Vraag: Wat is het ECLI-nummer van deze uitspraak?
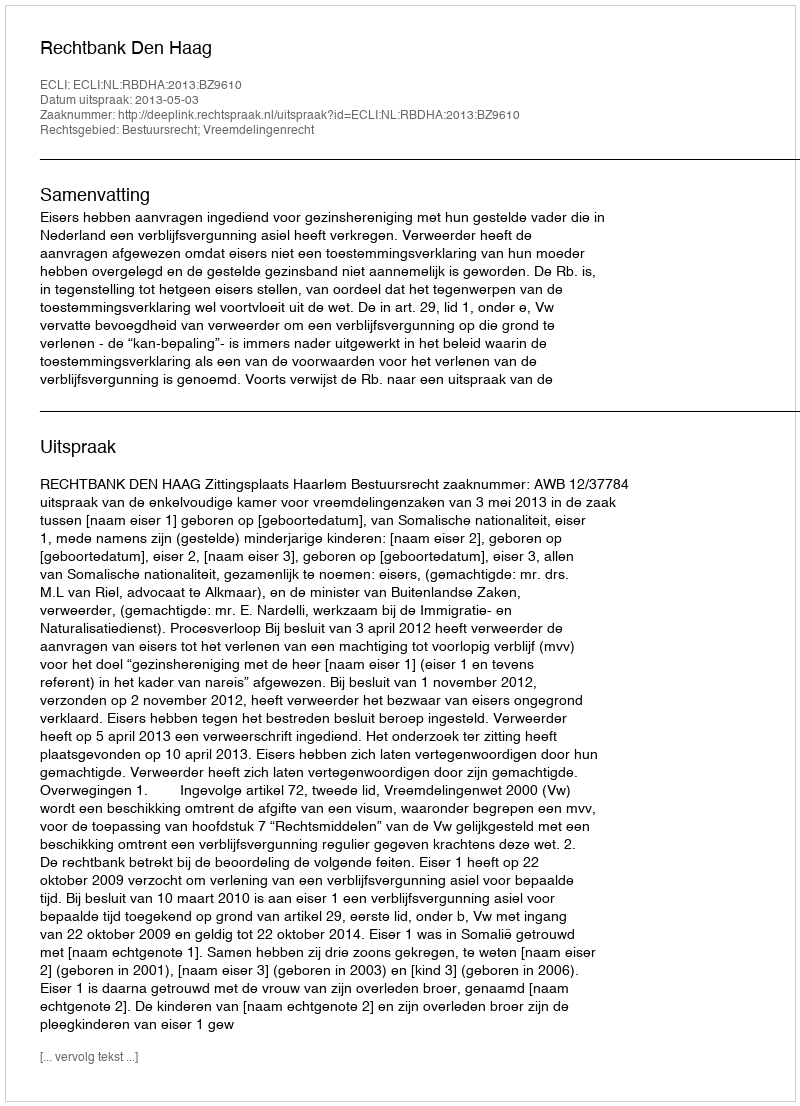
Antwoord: ECLI:NL:RBDHA:2013:BZ9610